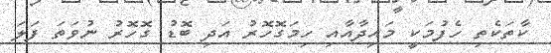
ކާތަކެތި ހެފުމަކީ މައިދާއާއި ހިމަގޮހޮރު އަދި ބޮޑު ގޮހޮރު ނުވަތަ ފަލަ